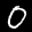
Label: 0